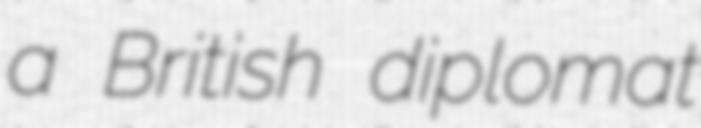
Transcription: a British diplomat